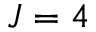
J = 4